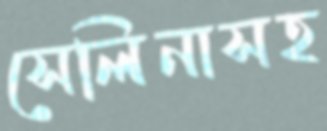
সেলিনাসহ